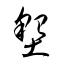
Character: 墾